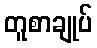
တူစာချုပ်